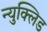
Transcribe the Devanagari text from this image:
न्युक्लिड